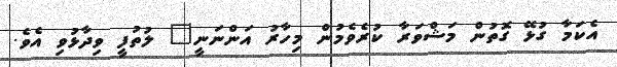
އެކަމާ ގުޅޭ ގޮތުން މަޝްވަރާ ކުރެވެމުން މިހާރު އަންނަނީ" ލުތުފީ ވިދާޅުވި އެވެ.